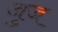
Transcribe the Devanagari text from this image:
जुज